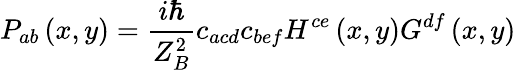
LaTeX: P_{ab}\left(x,y\right)=\frac{i\hbar}{Z_{B}^{2}}c_{acd}c_{bef}H^{ce}\left(x,y\right)G^{df}\left(x,y\right)